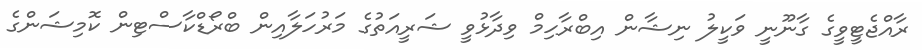
ރާއްޖެޓީވީގެ ގާނޫނީ ވަކީލު ނިޝާން އިބްރާހިމް ވިދާޅުވީ ޝަރީއަތުގެ މަރުހަލާއިން ބްރޯޑްކާސްޓިން ކޮމިޝަންގެ